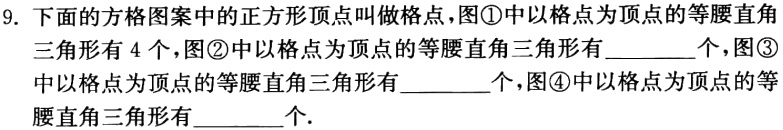
9. 下面的方格图案中的正方形顶点叫做格点，图\textcircled{1}中以格点为顶点的等腰直角三角形有 4 个，图\textcircled{2}中以格点为顶点的等腰直角三角形有________个，图\textcircled{3}中以格点为顶点的等腰直角三角形有________个，图\textcircled{4}中以格点为顶点的等腰直角三角形有________个.